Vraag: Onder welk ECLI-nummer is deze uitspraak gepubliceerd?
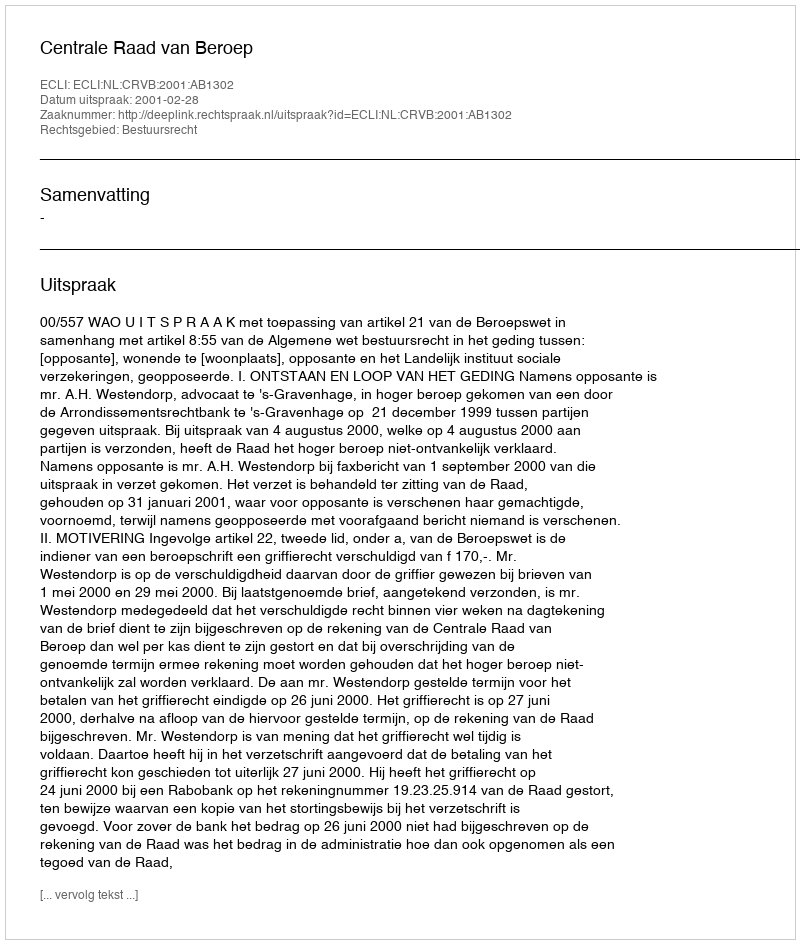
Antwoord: ECLI:NL:CRVB:2001:AB1302